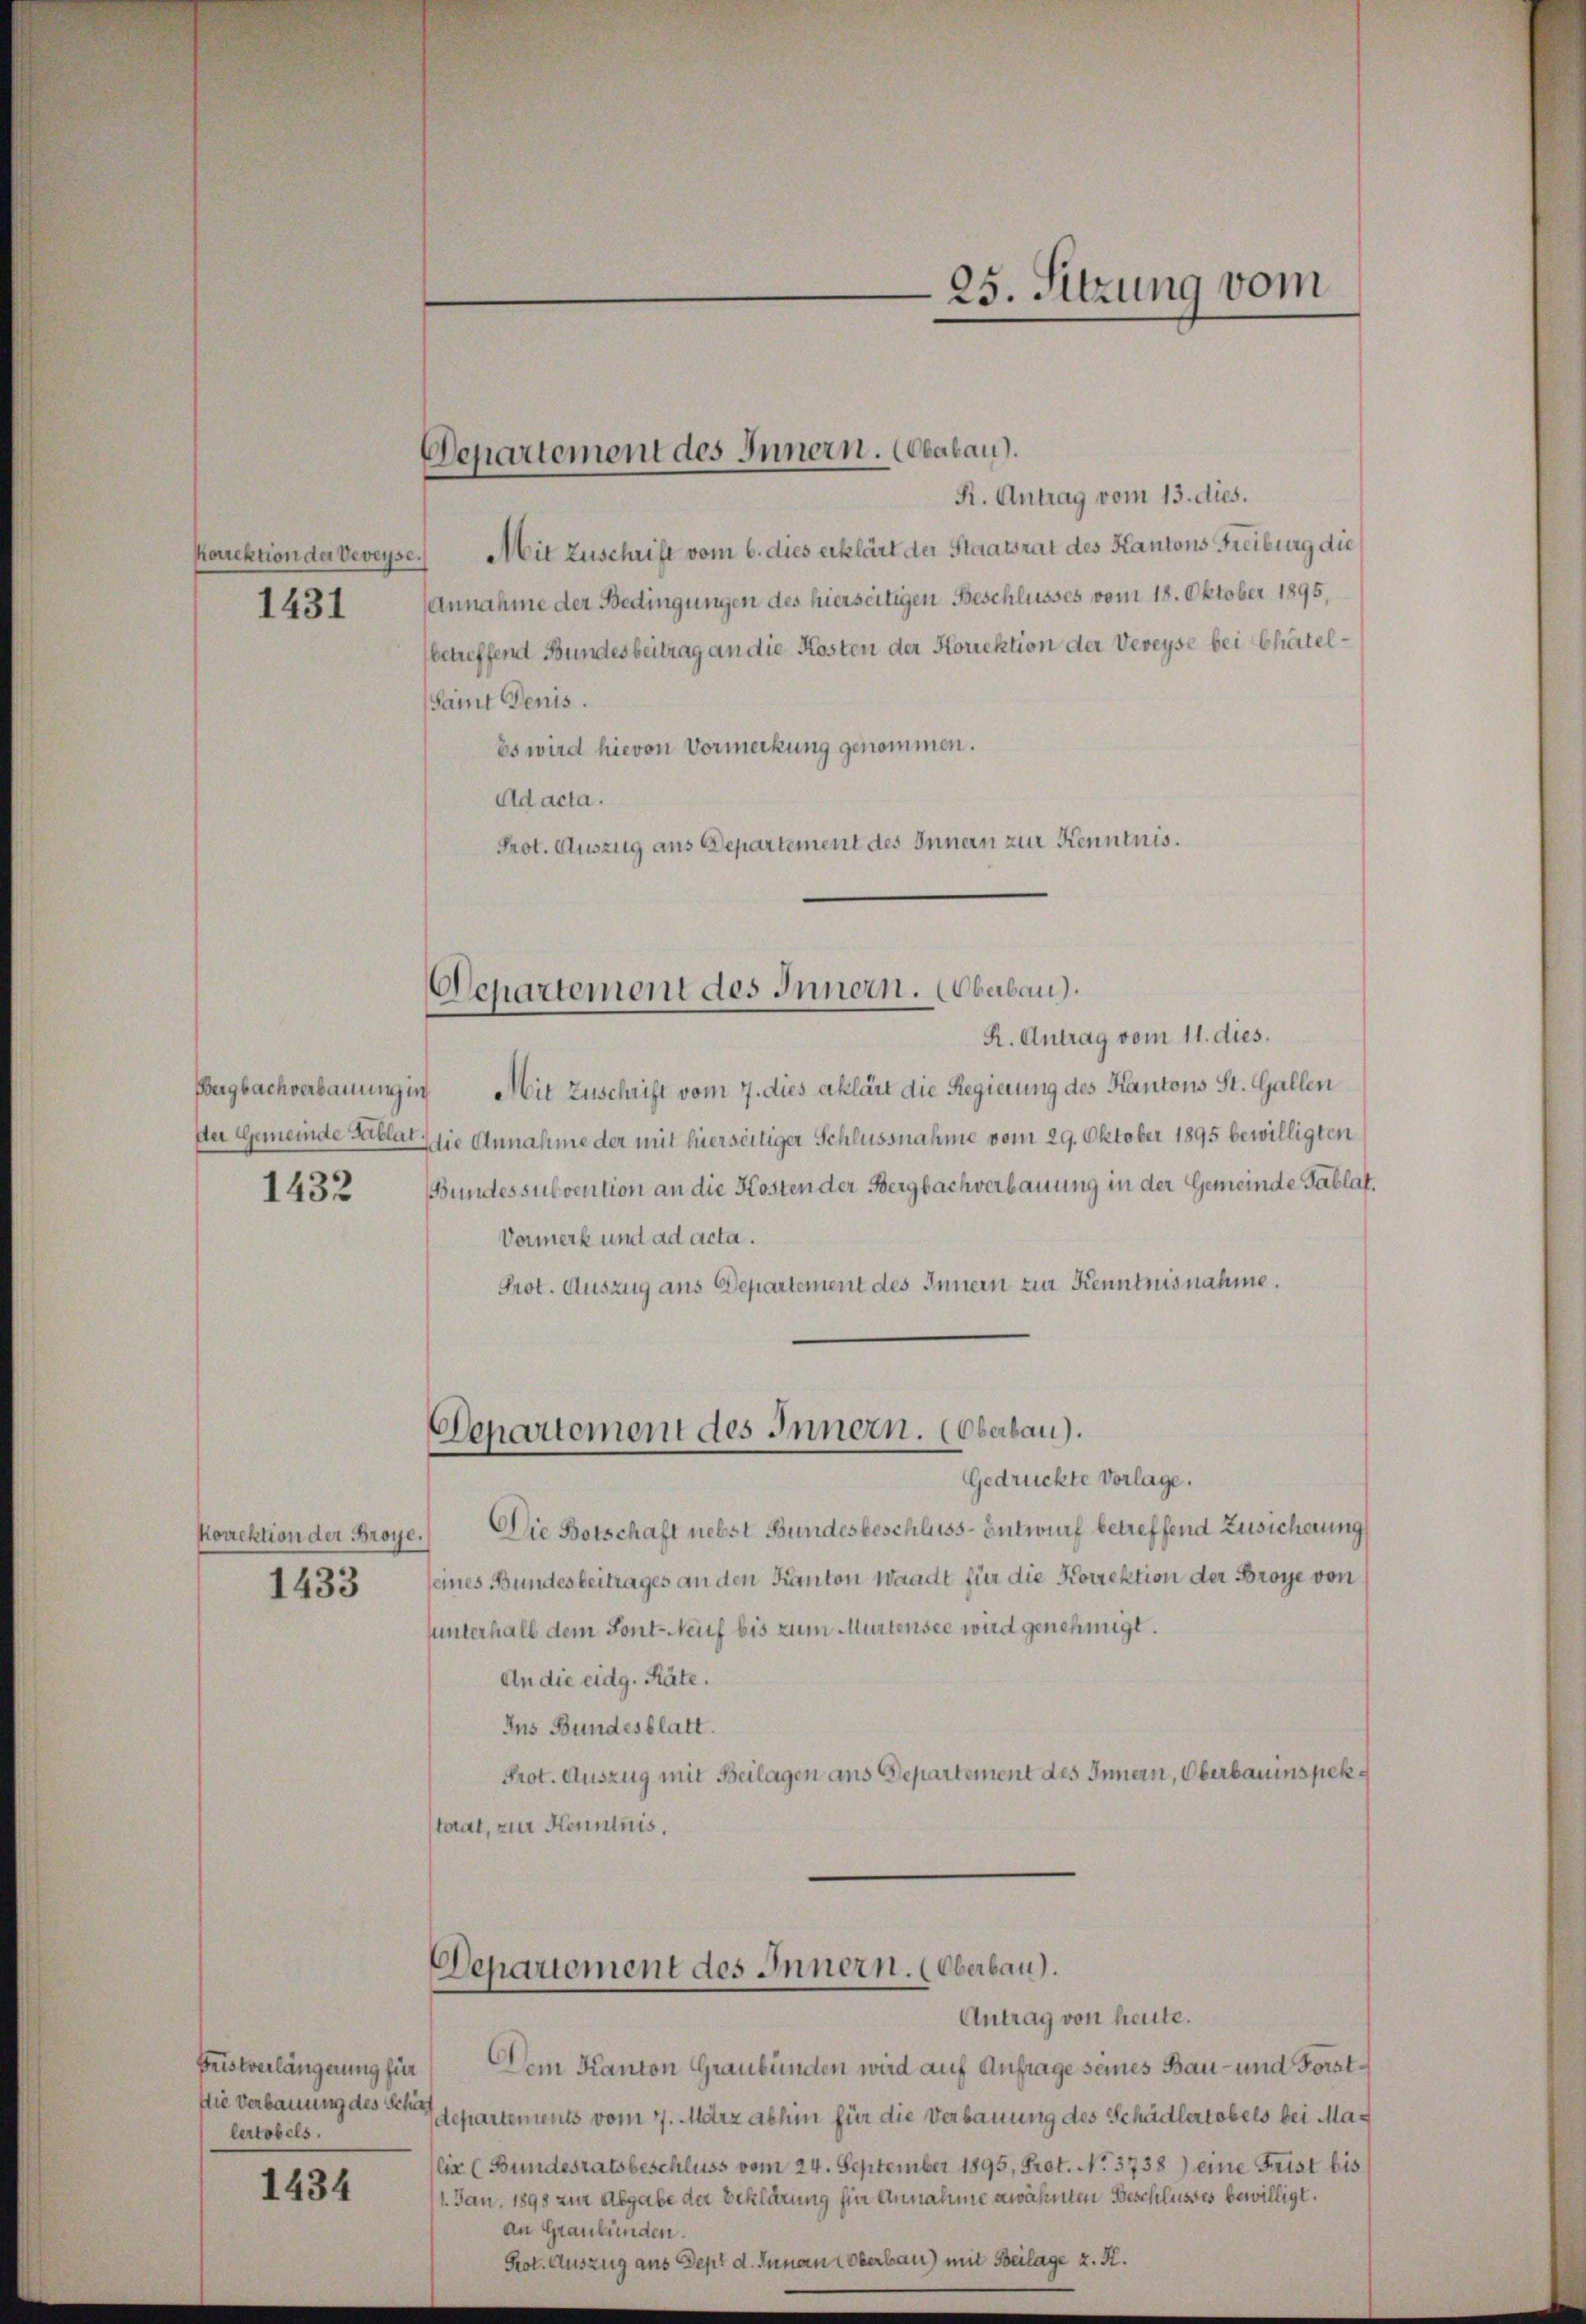
1431

Bergbachverbauung in
1432

korrektion der Broye.
1433

Fristverlängerung für
Die Verbauung des Schaf
lertobels.

1434

Departement des Innern. (Oeabau).
f

. Antrag vom 13. dies.
korektion der Veveyse.) Mit Zuschrift vom 6. dies erklärt der Staatsrat des Kantons Freiburg die
Annahme der Bedingungen des hierseitigen Beschlusses vom 18. Oktober 1895,
(betreffend Bundesbeitrag an die Kosten der Korrektion der Vereyse bei Chätel¬
(samt Denis.
Es wird hievon Vormerkung genommen.
Ad acta.
Prot. Auszug aus Departement des Innern zur Kenntnis.

Departement des Innern. Oberbau).
R. Antrag vom 11. dies.

Departement des Innern. (Oberbau).

Mit Zuschrift vom 7. dies aklärt die Regierung des Kantons St. Gallen
der Gemeinde Biblat die Annahme der mit hierseitiger Schlussnahme vom 29. Oktober 1895 bewilligten
Bundessubvention an die Kosten der Bergbachverbauung in der Gemeinde Tablat.
Vormerk und ad acta.
Prot. Auszug aus Departement des Innern zur Kenntnisnahme.
Gedrückte Vorlage.
Die Botschaft nebst Bundesbeschluss-Entwurf betreffend Zusicherung
seines Bundesbeitrages an den Kanton Waadt für die Korrektion der Broye von
sunterhalb dem Sont auf bis zum Murtensee wird genehmigt.
An die eidg. Räte.
Ins Bundesblatt.
Prot. Auszug mit Beilagen ans Departement des Innern, Oberbauinspektoral, zur Kenntnis.

Departement des Innern. (Oberbau).

Dem Kanton Graubünden wird auf Anfrage seines Bau- und Forstdepartements vom 7. März abhin für die Verbauung des Schädlertobels bei Malin (Bundesratsbeschluss vom 24. September 1895, Prot. No. 3738) eine Frist bis
11. Jan. 1890 zur Abgabe der Beklärung für Annahme erwähnten Beschlusses bewilligt.
An Graubünden.
Prot. Auszug aus Sept d. Innen Oberbau) mit Beilage z. K.

Antrag von heute.

25. Sitzung vom